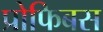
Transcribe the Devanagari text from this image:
प्रोफिबस